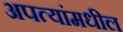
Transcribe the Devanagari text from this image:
अपत्यांमधील